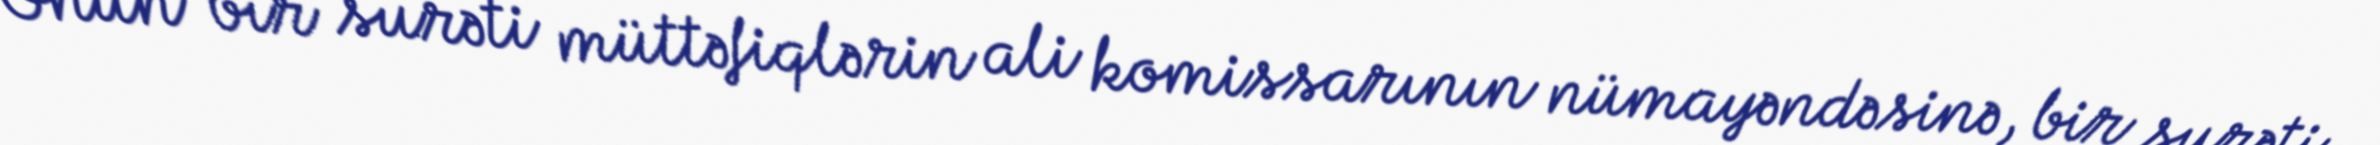
Onun bir surəti müttəfiqlərin ali komissarının nümayəndəsinə, bir surəti